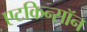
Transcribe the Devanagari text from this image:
एटकिन्सॉन